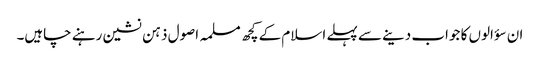
ان سؤالوں کا جواب دینے سے پہلے اسلام کے کچھ مسلمہ اصول ذہن نشین رہنے چاہیں۔